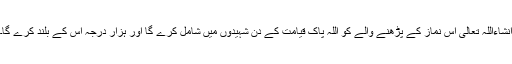
انشاءاللہ تعالٰی اس نماز کے پڑھنے والے کو اللہ پاک قیامت کے دن شہیدوں میں شامل کرے گا اور ہزار درجہ اس کے بلند کرے گا۔